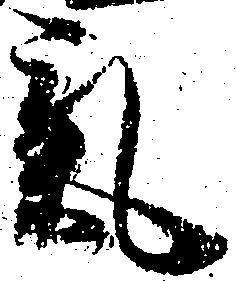
気